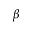
\beta